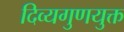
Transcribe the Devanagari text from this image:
दिव्यगुणयुक्त